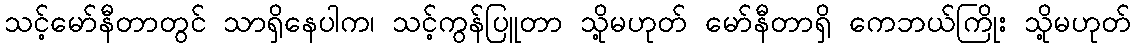
သင့်မော်နီတာတွင် သာရှိနေပါက၊ သင့်ကွန်ပြူတာ သို့မဟုတ် မော်နီတာရှိ ကေဘယ်ကြိုး သို့မဟုတ်